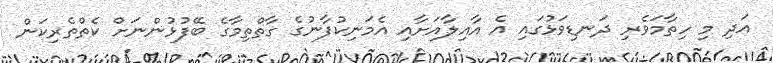
އަދި މި ހިތާމަވެރި ދަނޑިވަޅުގައި އެ އާއިލާއަށާއި އެމަނިކުފާނުގެ ގާތްތިމާގެ ބޭފުޅުންނަށް ކެތްތެރިކަން